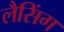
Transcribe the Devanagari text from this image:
लैसिंग